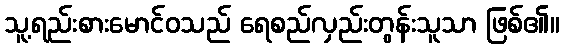
သူ့ရည်းစားမောင်ဝသည် ရေစည်လှည်းတွန်းသူသာ ဖြစ်၏။